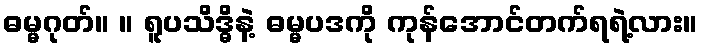
ဓမ္မဂုတ်။ ။ ရူပသိဒ္ဓိနဲ့ ဓမ္မပဒကို ကုန်အောင်တက်ရရဲ့လား။